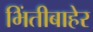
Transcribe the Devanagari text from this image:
भिंतीबाहेर